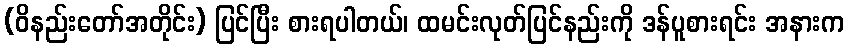
(ဝိနည်းတော်အတိုင်း) ပြင်ပြီး စားရပါတယ်၊ ထမင်းလုတ်ပြင်နည်းကို ဒန်ပူစားရင်း အနားက